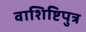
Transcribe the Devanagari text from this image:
वाशिष्टिपुत्र